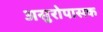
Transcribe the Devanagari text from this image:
असुरोपासक